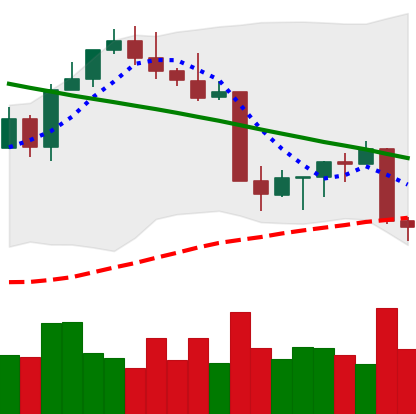
Ticker: ETH-USD
Chart end date: 2022-08-27
Forward return: 6.355%
Label: up_5_7